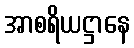
အာစရိယဋ္ဌာနေ